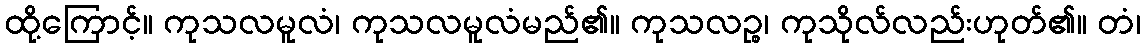
ထို့ကြောင့်။ ကုသလမူလံ၊ ကုသလမူလံမည်၏။ ကုသလဉ္စ၊ ကုသိုလ်လည်းဟုတ်၏။ တံ၊